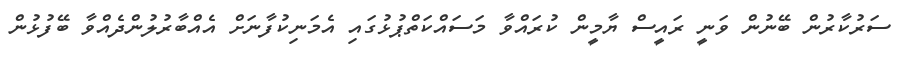
ސަރުކާރުން ބޭނުން ވަނީ ރައީސް ޔާމީން ކުރައްވާ މަސައްކަތްޕުޅުގައި އެމަނިކުފާނަށް އެއްބާރުލުންދެއްވާ ބޭފުޅުން